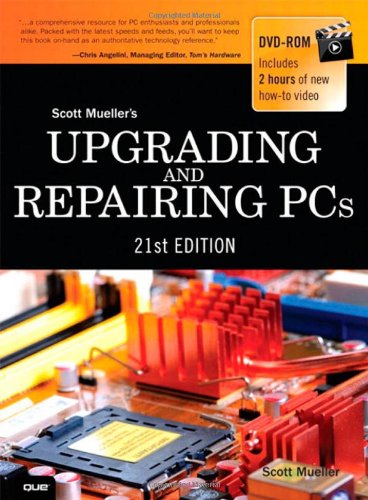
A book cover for Upgrading and Repairing PCs (21st Edition); Scott Mueller; Computers & Technology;